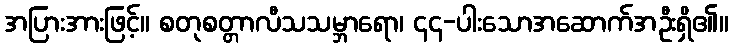
အပြားအားဖြင့်။ စတုစတ္တာလီသသမ္ဘာရော၊ ၄၄-ပါးသောအဆောက်အဦးရှိ၏။